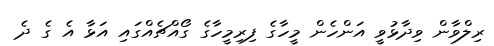
ރިލްވާން ވިދާޅުވީ އަންހެން މީހާގެ ފިރިމީހާގެ ގޯއްޗެއްގައި އަޅާ އެ ގެ ދެ